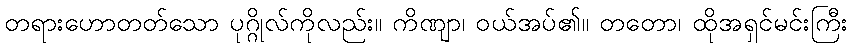
တရားဟောတတ်သော ပုဂ္ဂိုလ်ကိုလည်း။ ကိဏျာ၊ ဝယ်အပ်၏။ တတော၊ ထိုအရှင်မင်းကြီး